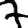
Digit: 7